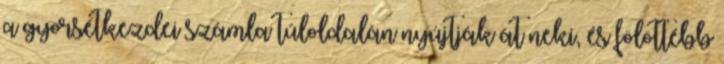
a gyorsétkezdei számla túloldalán nyújtják át neki, és fölöttébb